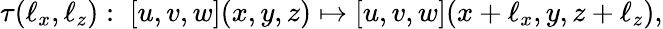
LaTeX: \tau(\ell_{x},\ell_{z}):\; \left[u,v,w\right](x,y,z)\mapsto\left[u,v,w\right](x+\ell_{x},y,z+\ell_{z}),